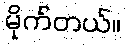
မိုက်တယ်။